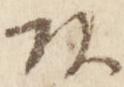
頭